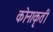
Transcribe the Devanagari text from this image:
कोनाकृती